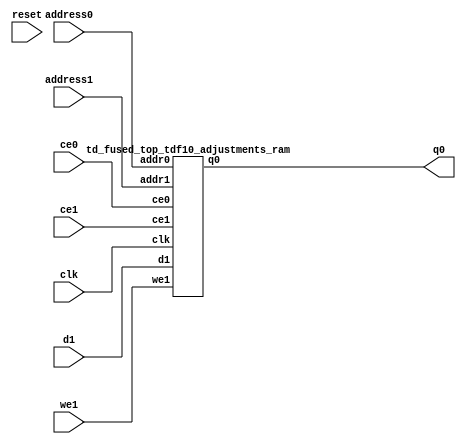
`define EXPONENT 5
`define MANTISSA 10
`define ACTUAL_MANTISSA 11
`define EXPONENT_LSB 10
`define EXPONENT_MSB 14
`define MANTISSA_LSB 0
`define MANTISSA_MSB 9
`define MANTISSA_MUL_SPLIT_LSB 3
`define MANTISSA_MUL_SPLIT_MSB 9
`define SIGN 1
`define SIGN_LOC 15
`define DWIDTH (`SIGN+`EXPONENT+`MANTISSA)
`define IEEE_COMPLIANCE 1

module td_fused_top_tdf10_adjustments(
    reset,
    clk,
    address0,
    ce0,
    q0,
    address1,
    ce1,
    we1,
    d1);

parameter DataWidth = 32'd48;
parameter AddressRange = 32'd512;
parameter AddressWidth = 32'd9;
input reset;
input clk;
input[AddressWidth - 1:0] address0;
input ce0;
output[DataWidth - 1:0] q0;
input[AddressWidth - 1:0] address1;
input ce1;
input we1;
input[DataWidth - 1:0] d1;



td_fused_top_tdf10_adjustments_ram td_fused_top_tdf10_adjustments_ram_U(
    .clk( clk ),
    .addr0( address0 ),
    .ce0( ce0 ),
    .q0( q0 ),
    .addr1( address1 ),
    .ce1( ce1 ),
    .we1( we1 ),
    .d1( d1 )
);

endmodule
module td_fused_top_tdf10_adjustments_ram (addr0, ce0, q0, addr1, ce1, d1, we1,  clk);

parameter DWIDTH = 48;
parameter AWIDTH = 9;
parameter MEM_SIZE = 512;

input[AWIDTH-1:0] addr0;
input ce0;
output reg[DWIDTH-1:0] q0;
input[AWIDTH-1:0] addr1;
input ce1;
input[DWIDTH-1:0] d1;
input we1;
input clk;

 reg [DWIDTH-1:0] ram[MEM_SIZE-1:0];




always @(posedge clk)  
begin 
    if (ce0) begin
        q0 <= ram[addr0];
    end
end


always @(posedge clk)  
begin 
    if (ce1) begin
        if (we1) 
            ram[addr1] <= d1; 
    end
end


endmodule